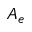
A _ { e }